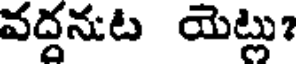
వద్దనుట యెట్లు?